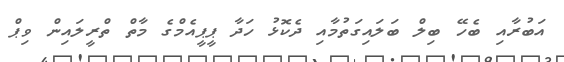
އަބުރާއި ބެހޭ ބިލް ބަލައިގަތުމާއި ދެކޮޅު ހަދާ ޕީޕީއެމްގެ މާތް ތްރީލައިން ވިޕް